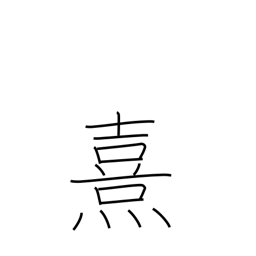
Meaning: faint light